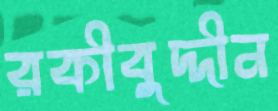
রকীবুদ্দীন